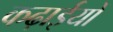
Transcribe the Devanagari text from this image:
कढ़ाईयों